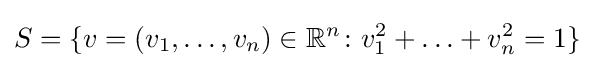
S=\{v=(v_{1},\ldots ,v_{n})\in \mathbb {R} ^{n}\colon v_{1}^{2}+\ldots +v_{n}^{2}=1\}